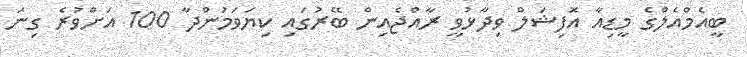
ބީއެމްއެލްގެ މީޑިއާ އޮފިޝަލް ވިދާޅުވީ ރާއްޖެއިން ބޭރުގައި ކިޔަވަމުންދާ 100 އަށްވުރެ ގިނަ